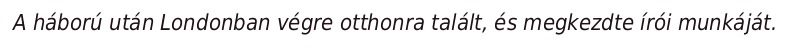
A háború után Londonban végre otthonra talált, és megkezdte írói munkáját.